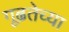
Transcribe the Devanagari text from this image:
गूढतेच्या